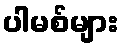
ပါမစ်များ